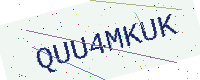
Text: QUU4MKUK